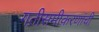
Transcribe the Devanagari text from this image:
गतीसमीकरणांची